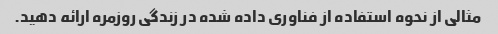
مثالی از نحوه استفاده از فناوری داده شده در زندگی روزمره ارائه دهید.